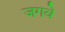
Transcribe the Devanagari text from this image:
जगवे